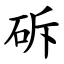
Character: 䂨